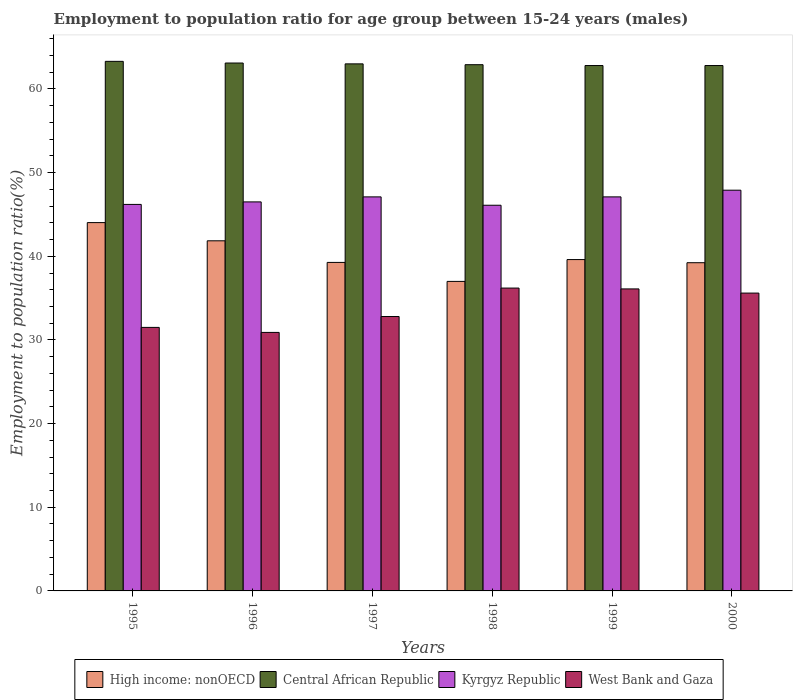
| Years | High income: nonOECD | Central African Republic | Kyrgyz Republic | West Bank and Gaza |
 | --- | --- | --- | --- | --- |
 | 1995 | 44 | 63.3 | 46.2 | 31.5 |
 | 1996 | 41.9 | 63.1 | 46.5 | 30.9 |
 | 1997 | 39.3 | 63 | 47.1 | 32.8 |
 | 1998 | 37 | 62.9 | 46.1 | 36.2 |
 | 1999 | 39.6 | 62.8 | 47.1 | 36.1 |
 | 2000 | 39.2 | 62.8 | 47.9 | 35.6 |